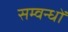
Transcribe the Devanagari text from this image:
सम्वन्धों